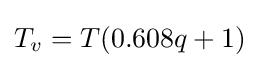
T_{v}=T(0.608q+1)